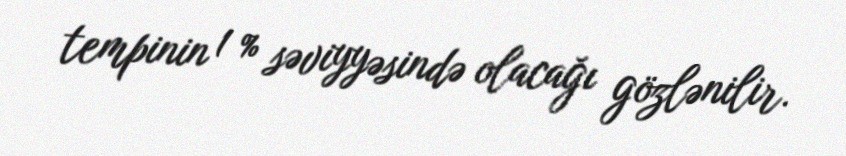
tempinin 1 % səviyyəsində olacağı gözlənilir.